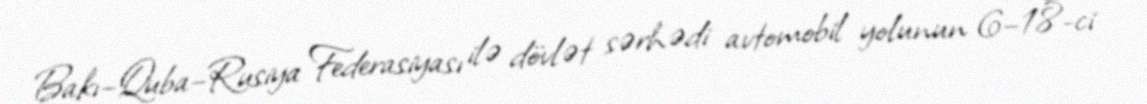
Bakı–Quba–Rusiya Federasiyası ilə dövlət sərhədi avtomobil yolunun 6–18-ci